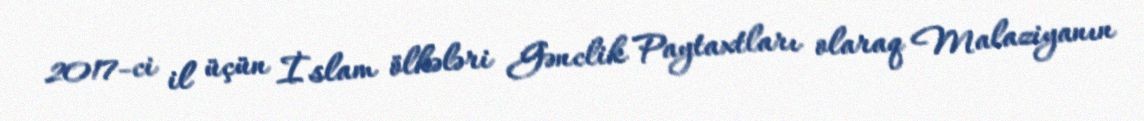
2017-ci il üçün İslam ölkələri Gənclik Paytaxtları olaraq Malaziyanın